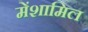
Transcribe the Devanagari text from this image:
मेंशामिल